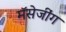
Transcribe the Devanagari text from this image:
मॅसेजींग